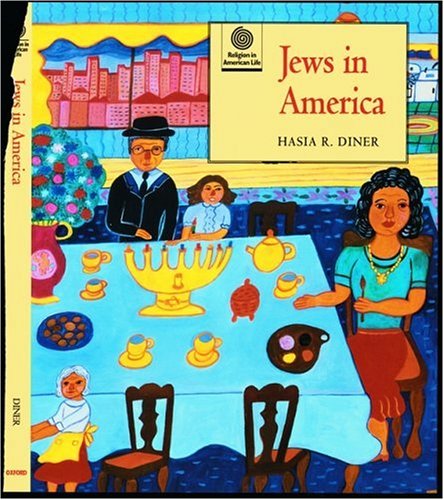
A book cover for Jews in America (Religion in American Life); Hasia R. Diner; Teen & Young Adult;